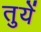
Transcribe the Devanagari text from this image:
तुयें